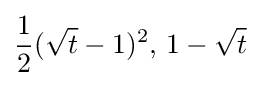
{\frac {1}{2}}({\sqrt {t}}-1)^{2},\,1-{\sqrt {t}}